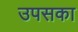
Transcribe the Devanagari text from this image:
उपसका